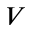
V